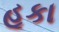
હૂકા